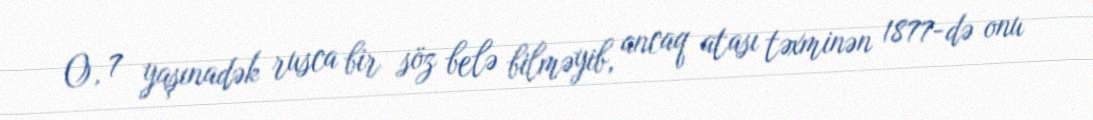
O, 7 yaşınadək rusca bir söz belə bilməyib, ancaq atası təxminən 1877-də onu